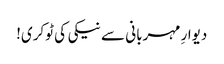
دیوارِ مہربانی سے نیکی کی ٹوکری!